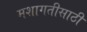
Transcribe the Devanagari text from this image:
मशागतीसाठी